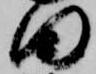
田